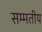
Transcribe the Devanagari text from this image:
सम्मतीय